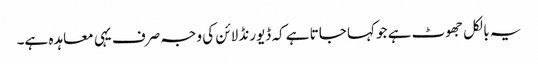
یہ بالکل جھوٹ ہے جو کہا جاتا ہے کہ ڈیورنڈ لائن کی وجہ صرف یہی معاہدہ ہے۔